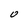
Character: O